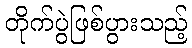
တိုက်ပွဲဖြစ်ပွားသည့်